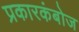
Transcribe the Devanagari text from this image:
प्रकारकंबोज